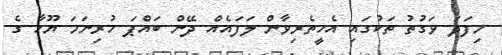
މިފަދަ ވަގުތު ތަކުގައި އެހީތެރިވާން ލަފައެއް ދޭން ބައްޕަ ހުރިނަމަ ޔޫހާ ގެ